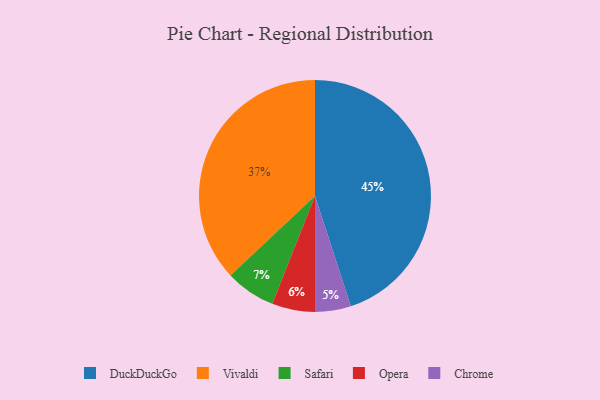
{"axis": {"x": "Category", "y": "Percentage"}, "legend": ["Chrome", "DuckDuckGo", "Opera", "Safari", "Vivaldi"], "data": [{"x": "Safari", "y": 7, "type": "Safari"}, {"x": "DuckDuckGo", "y": 45, "type": "DuckDuckGo"}, {"x": "Vivaldi", "y": 37, "type": "Vivaldi"}, {"x": "Chrome", "y": 5, "type": "Chrome"}, {"x": "Opera", "y": 6, "type": "Opera"}]}